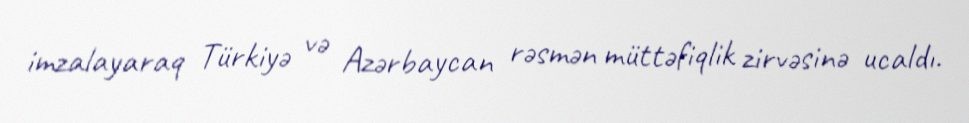
imzalayaraq Türkiyə və Azərbaycan rəsmən müttəfiqlik zirvəsinə ucaldı.